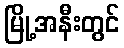
မြို့အနီးတွင်